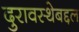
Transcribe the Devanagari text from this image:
दुरावस्थेबद्दल